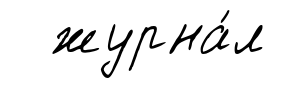
журна́л